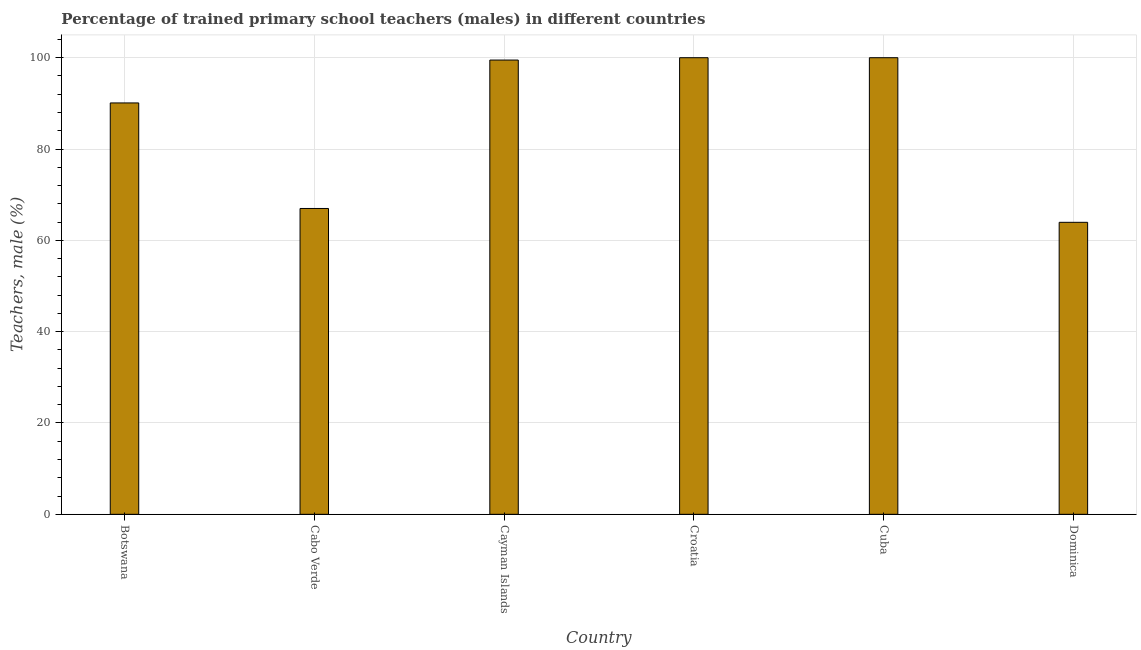
| Country | Trained teachers male |
 | --- | --- |
 | Botswana | 90.1 |
 | Cabo Verde | 67 |
 | Cayman Islands | 99.5 |
 | Croatia | 100 |
 | Cuba | 100 |
 | Dominica | 63.9 |